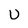
Character: U